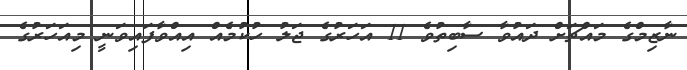
ނާޒިމްގެ މައްޗަށް ދައުވާ ސާބިތުވެ 11 އަހަރުގެ ޖަލު ހުކުމެއް އިއްވާފައިވަނީ މިއަހަރުގެ